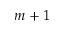
m + 1